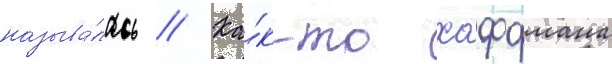
называ́лась // Ка́к-то хоффмана